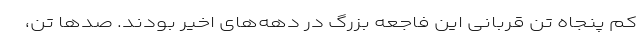
‌کم پنجاه تن قربانی این فاجعه بزرگ در دهه‌های اخیر بودند. صدها تن،